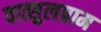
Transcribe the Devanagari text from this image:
वात्सुलग्राम